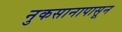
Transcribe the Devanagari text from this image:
नुकसानापासून